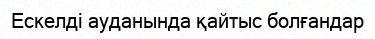
Ескелді ауданында қайтыс болғандар